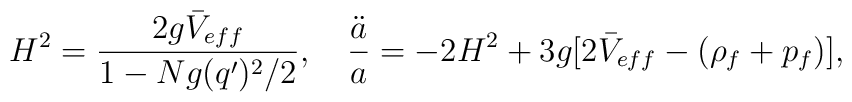
H^2={2g \bar V_{eff}\over 1-Ng(q')^2/2}, \ \ \ {\ddot a\over a}=-2H^2+3g[2\bar V_{eff}-(\rho_f+p_f)],